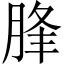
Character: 䏺